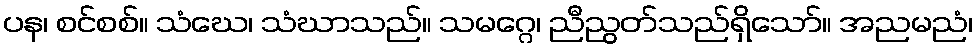
ပန၊ စင်စစ်။ သံဃေ၊ သံဃာသည်။ သမဂ္ဂေ၊ ညီညွတ်သည်ရှိသော်။ အညမညံ၊